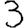
Digit: 3